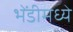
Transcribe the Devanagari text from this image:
भेंडीमध्ये